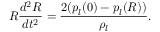
R \frac { d ^ { 2 } R } { d t ^ { 2 } } = \frac { 2 ( p _ { l } ( 0 ) - p _ { l } ( R ) ) } { \rho _ { l } } .